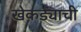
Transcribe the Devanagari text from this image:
खेकड्याची